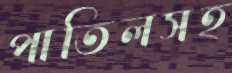
পাতিলসহ